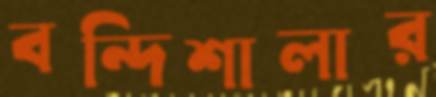
বন্দিশালার